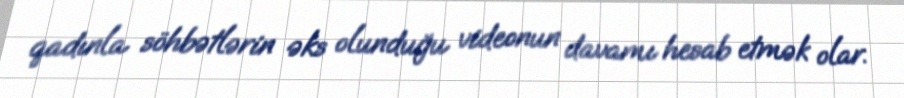
qadınla söhbətlərin əks olunduğu videonun davamı hesab etmək olar.